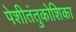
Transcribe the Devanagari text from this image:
पेशीतंतुकोशिका